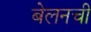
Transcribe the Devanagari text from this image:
बेलनची